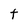
Character: t